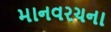
માનવરચના